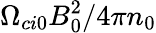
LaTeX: \Omega_{ci0}B_{0}^{2}/4\pi n_{0}